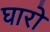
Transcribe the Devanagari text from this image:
घारो